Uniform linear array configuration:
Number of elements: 24
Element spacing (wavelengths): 0.75
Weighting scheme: binomial
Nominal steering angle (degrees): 0
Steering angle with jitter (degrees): -1.956
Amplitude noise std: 0.05
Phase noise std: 0.05

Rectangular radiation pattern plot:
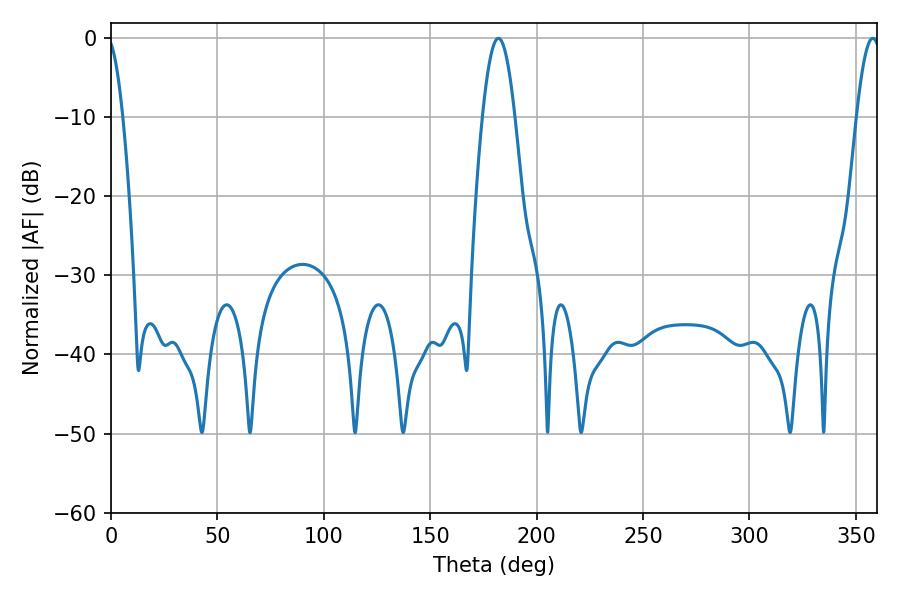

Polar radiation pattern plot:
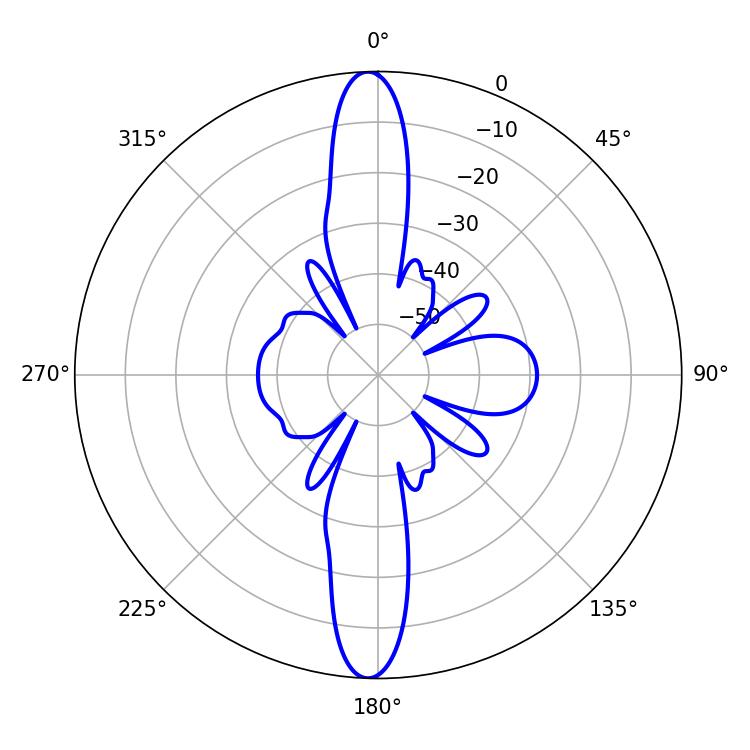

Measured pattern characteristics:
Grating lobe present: TRUE
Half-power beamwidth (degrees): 8.1
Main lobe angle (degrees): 181.98